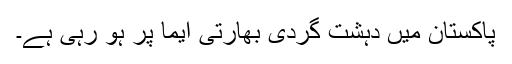
پاکستان میں دہشت گردی بھارتی ایما پر ہو رہی ہے۔